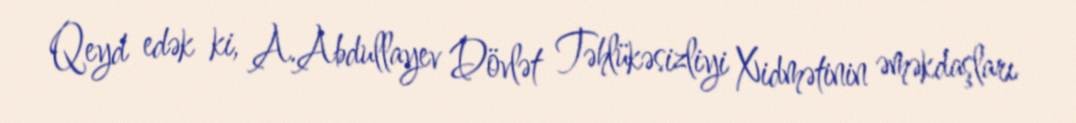
Qeyd edək ki, A.Abdullayev Dövlət Təhlükəsizliyi Xidmətinin əməkdaşları